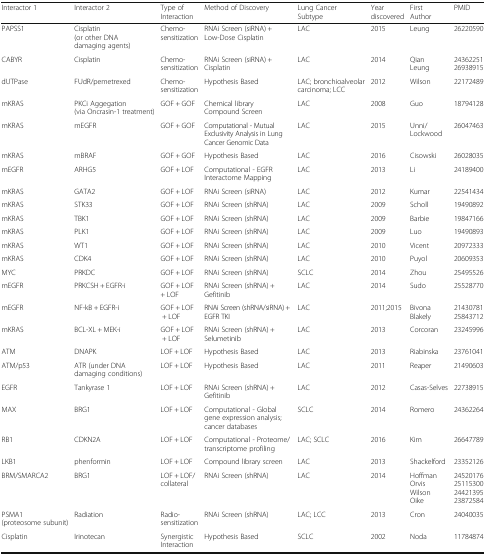
<table><thead><tr><td><b>Interactor 1</b></td><td><b>Interactor 2</b></td><td><b>Type of Interaction</b></td><td><b>Method of Discovery</b></td><td><b>Lung Cancer Subtype</b></td><td><b>Year discovered</b></td><td><b>First Author</b></td><td><b>PMID</b></td></tr></thead><tbody><tr><td>PAPSS1</td><td>Cisplatin (or other DNA damaging agents)</td><td>Chemo-sensitization</td><td>RNAi Screen (siRNA) + Low-Dose Cisplatin</td><td>LAC</td><td>2015</td><td>Leung</td><td>26220590</td></tr><tr><td>CABYR</td><td>Cisplatin</td><td>Chemo-sensitization</td><td>RNAi Screen (siRNA) + Cisplatin</td><td>LAC</td><td>2014</td><td>QianLeung</td><td>2436225126938915</td></tr><tr><td>dUTPase</td><td>FUdR/pemetrexed</td><td>Chemo-sensitization</td><td>Hypothesis Based</td><td>LAC; bronchioalveolar carcinoma; LCC</td><td>2012</td><td>Wilson</td><td>22172489</td></tr><tr><td>mKRAS</td><td>PKCi Aggegation (via Oncrasin-1 treatment)</td><td>GOF + GOF</td><td>Chemical library Compound Screen</td><td>LAC</td><td>2008</td><td>Guo</td><td>18794128</td></tr><tr><td>mKRAS</td><td>mEGFR</td><td>GOF + GOF</td><td>Computational - Mutual Exclusivity Analysis in Lung Cancer Genomic Data</td><td>LAC</td><td>2015</td><td>Unni/Lockwood</td><td>26047463</td></tr><tr><td>mKRAS</td><td>mBRAF</td><td>GOF + GOF</td><td>Hypothesis Based</td><td>LAC</td><td>2016</td><td>Cisowski</td><td>26028035</td></tr><tr><td>mEGFR</td><td>ARHG5</td><td>GOF + LOF</td><td>Computational - EGFR Interactome Mapping</td><td>LAC</td><td>2013</td><td>Li</td><td>24189400</td></tr><tr><td>mKRAS</td><td>GATA2</td><td>GOF + LOF</td><td>RNAi Screen (siRNA)</td><td>LAC</td><td>2012</td><td>Kumar</td><td>22541434</td></tr><tr><td>mKRAS</td><td>STK33</td><td>GOF + LOF</td><td>RNAi Screen (shRNA)</td><td>LAC</td><td>2009</td><td>Scholl</td><td>19490892</td></tr><tr><td>mKRAS</td><td>TBK1</td><td>GOF + LOF</td><td>RNAi Screen (shRNA)</td><td>LAC</td><td>2009</td><td>Barbie</td><td>19847166</td></tr><tr><td>mKRAS</td><td>PLK1</td><td>GOF + LOF</td><td>RNAi Screen (shRNA)</td><td>LAC</td><td>2009</td><td>Luo</td><td>19490893</td></tr><tr><td>mKRAS</td><td>WT1</td><td>GOF + LOF</td><td>RNAi Screen (shRNA)</td><td>LAC</td><td>2010</td><td>Vicent</td><td>20972333</td></tr><tr><td>mKRAS</td><td>CDK4</td><td>GOF + LOF</td><td>RNAi Screen (shRNA)</td><td>LAC</td><td>2010</td><td>Puyol</td><td>20609353</td></tr><tr><td>MYC</td><td>PRKDC</td><td>GOF + LOF</td><td>RNAi Screen (shRNA)</td><td>SCLC</td><td>2014</td><td>Zhou</td><td>25495526</td></tr><tr><td>mEGFR</td><td>PRKCSH + EGFR-i</td><td>GOF + LOF + LOF</td><td>RNAi Screen (shRNA) + Gefitinib</td><td>LAC</td><td>2014</td><td>Sudo</td><td>25528770</td></tr><tr><td>mEGFR</td><td>NF-kB + EGFR-i</td><td>GOF + LOF + LOF</td><td>RNAi Screen (shRNA/siRNA) + EGFR TKI</td><td>LAC</td><td>2011;2015</td><td>BivonaBlakely</td><td>2143078125843712</td></tr><tr><td>mKRAS</td><td>BCL-XL + MEK-i</td><td>GOF + LOF + LOF</td><td>RNAi Screen (shRNA) + Selumetinib</td><td>LAC</td><td>2013</td><td>Corcoran</td><td>23245996</td></tr><tr><td>ATM</td><td>DNAPK</td><td>LOF + LOF</td><td>Hypothesis Based</td><td>LAC</td><td>2013</td><td>Riabinska</td><td>23761041</td></tr><tr><td>ATM/p53</td><td>ATR (under DNA damaging conditions)</td><td>LOF + LOF</td><td>Hypothesis Based</td><td>LAC</td><td>2011</td><td>Reaper</td><td>21490603</td></tr><tr><td>EGFR</td><td>Tankyrase 1</td><td>LOF + LOF</td><td>RNAi Screen (shRNA) + Gefitinib</td><td>LAC</td><td>2012</td><td>Casas-Selves</td><td>22738915</td></tr><tr><td>MAX</td><td>BRG1</td><td>LOF + LOF</td><td>Computational - Global gene expression analysis; cancer databases</td><td>SCLC</td><td>2014</td><td>Romero</td><td>24362264</td></tr><tr><td>RB1</td><td>CDKN2A</td><td>LOF + LOF</td><td>Computational - Proteome/transcriptome profiling</td><td>LAC; SCLC</td><td>2016</td><td>Kim</td><td>26647789</td></tr><tr><td>LKB1</td><td>phenformin</td><td>LOF + LOF</td><td>Compound library screen</td><td>LAC</td><td>2013</td><td>Shackelford</td><td>23352126</td></tr><tr><td>BRM/SMARCA2</td><td>BRG1</td><td>LOF + LOF/collateral</td><td>RNAi Screen (shRNA)</td><td>LAC</td><td>2014</td><td>HoffmanOrvisWilsonOike</td><td>24520176251153002442139523872584</td></tr><tr><td>PSMA1 (proteosome subunit)</td><td>Radiation</td><td>Radio-sensitization</td><td>RNAi Screen (shRNA)</td><td>LAC; LCC</td><td>2013</td><td>Cron</td><td>24040035</td></tr><tr><td>Cisplatin</td><td>Irinotecan</td><td>Synergistic Interaction</td><td>Hypothesis Based</td><td>SCLC</td><td>2002</td><td>Noda</td><td>11784874</td></tr></tbody></table>